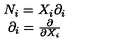
\begin{array} { c } { N _ { i } = X _ { i } \partial _ { i } } \\ { \partial _ { i } = \frac { \partial } { \partial X _ { i } } } \\ \end{array}